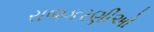
રાજકરણીઅો